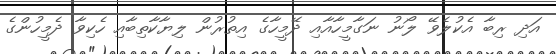
އަދި ރިބާ އެކުލެވޭ ލޯނު ނަގާމީހާއާއި ދޭމީހާގެ އިތުރުން ލިޔާކާތިބާއި ހެކިވާ ދެމީހުންގެ